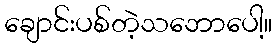
ချောင်းပစ်တဲ့သဘောပေါ့။